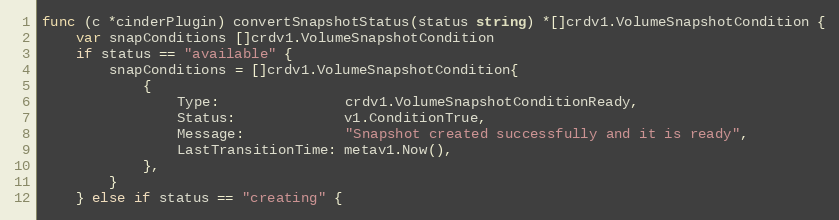
Language: Go
func (c *cinderPlugin) convertSnapshotStatus(status string) *[]crdv1.VolumeSnapshotCondition {
	var snapConditions []crdv1.VolumeSnapshotCondition
	if status == "available" {
		snapConditions = []crdv1.VolumeSnapshotCondition{
			{
				Type:               crdv1.VolumeSnapshotConditionReady,
				Status:             v1.ConditionTrue,
				Message:            "Snapshot created successfully and it is ready",
				LastTransitionTime: metav1.Now(),
			},
		}
	} else if status == "creating" {